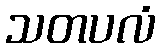
သတပလံ